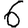
Digit: 6